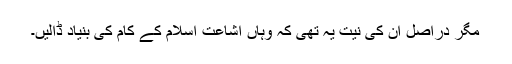
مگر دراصل ان کی نیت یہ تھی کہ وہاں اشاعت اسلام کے کام کی بنیاد ڈالیں۔